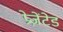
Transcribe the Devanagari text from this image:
प्रेज़ेंटेड